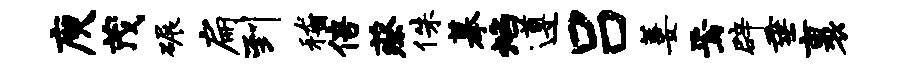
庾茂碾扁到稽倍蔡侏摹焰遵吕萋焉辟垂裹